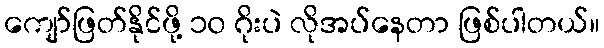
ကျော်ဖြတ်နိုင်ဖို့ ၁၀ ဂိုးပဲ လိုအပ်နေတာ ဖြစ်ပါတယ်။